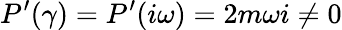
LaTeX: P^{\prime}(\gamma)=P^{\prime}(i\omega)=2m\omega i\neq 0